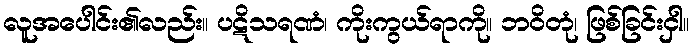
လူအပေါင်း၏လည်း။ ပဋိသရဏံ၊ ကိုးကွယ်ရာကို။ ဘဝိတုံ၊ ဖြစ်ခြင်းငှါ။